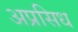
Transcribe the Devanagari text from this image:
अप्रसिध